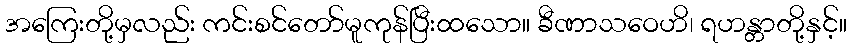
အကြေးတို့မှလည်း ကင်းစင်တော်မူကုန်ပြီးထသော။ ခီဏာသဝေဟိ၊ ရဟန္တာတို့နှင့်။